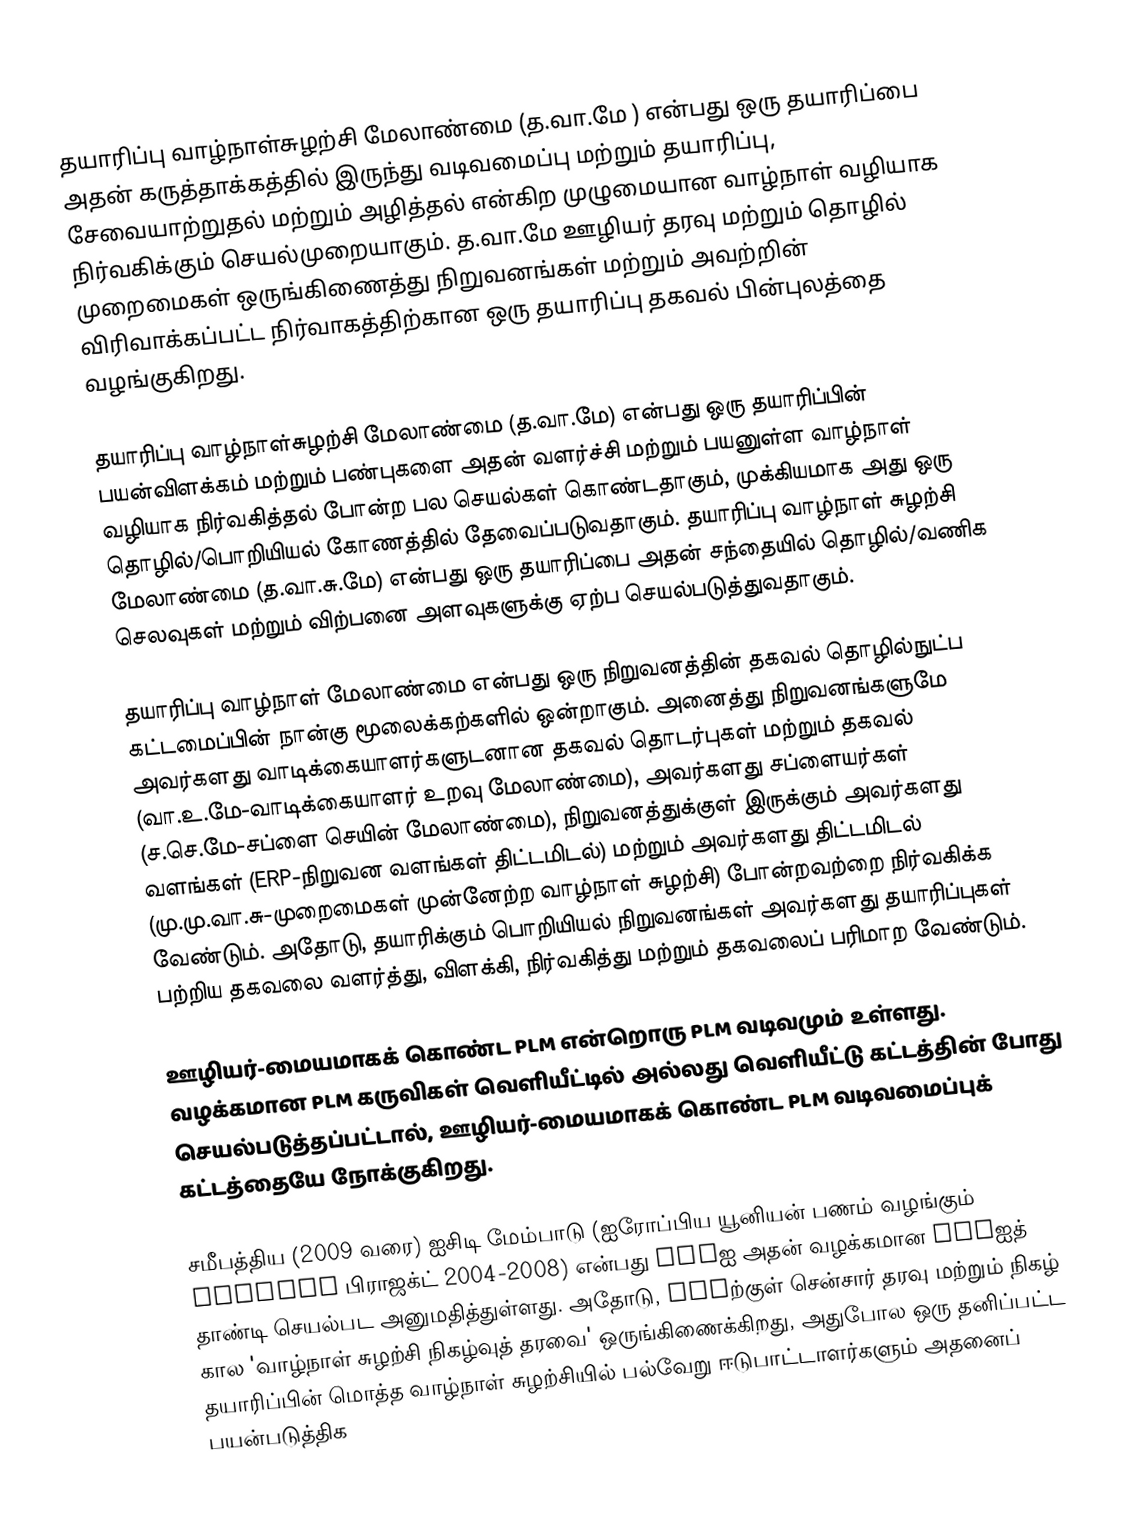
தயாரிப்பு வாழ்நாள்சுழற்சி மேலாண்மை (த.வா.மே ) என்பது ஒரு தயாரிப்பை அதன் கருத்தாக்கத்தில் இருந்து வடிவமைப்பு மற்றும் தயாரிப்பு, சேவையாற்றுதல் மற்றும் அழித்தல் என்கிற முழுமையான வாழ்நாள் வழியாக நிர்வகிக்கும் செயல்முறையாகும். த.வா.மே ஊழியர் தரவு மற்றும் தொழில் முறைமைகள் ஒருங்கிணைத்து நிறுவனங்கள் மற்றும் அவற்றின் விரிவாக்கப்பட்ட நிர்வாகத்திற்கான ஒரு தயாரிப்பு தகவல் பின்புலத்தை வழங்குகிறது.

தயாரிப்பு வாழ்நாள்சுழற்சி மேலாண்மை (த.வா.மே) என்பது ஒரு தயாரிப்பின் பயன்விளக்கம் மற்றும் பண்புகளை அதன் வளர்ச்சி மற்றும் பயனுள்ள வாழ்நாள் வழியாக நிர்வகித்தல் போன்ற பல செயல்கள் கொண்டதாகும், முக்கியமாக அது ஒரு தொழில்/பொறியியல் கோணத்தில் தேவைப்படுவதாகும். தயாரிப்பு வாழ்நாள் சுழற்சி மேலாண்மை (த.வா.சு.மே) என்பது ஒரு தயாரிப்பை அதன் சந்தையில் தொழில்/வணிக செலவுகள் மற்றும் விற்பனை அளவுகளுக்கு ஏற்ப செயல்படுத்துவதாகும்.

தயாரிப்பு வாழ்நாள் மேலாண்மை என்பது ஒரு நிறுவனத்தின் தகவல் தொழில்நுட்ப கட்டமைப்பின் நான்கு மூலைக்கற்களில் ஒன்றாகும். அனைத்து நிறுவனங்களுமே அவர்களது வாடிக்கையாளர்களுடனான தகவல் தொடர்புகள் மற்றும் தகவல் (வா.உ.மே-வாடிக்கையாளர் உறவு மேலாண்மை), அவர்களது சப்ளையர்கள் (ச.செ.மே-சப்ளை செயின் மேலாண்மை), நிறுவனத்துக்குள் இருக்கும் அவர்களது வளங்கள் (ERP-நிறுவன வளங்கள் திட்டமிடல்) மற்றும் அவர்களது திட்டமிடல் (மு.மு.வா.சு-முறைமைகள் முன்னேற்ற வாழ்நாள் சுழற்சி) போன்றவற்றை நிர்வகிக்க வேண்டும். அதோடு, தயாரிக்கும் பொறியியல் நிறுவனங்கள் அவர்களது தயாரிப்புகள் பற்றிய தகவலை வளர்த்து, விளக்கி, நிர்வகித்து மற்றும் தகவலைப் பரிமாற வேண்டும்.

ஊழியர்-மையமாகக் கொண்ட PLM என்றொரு PLM வடிவமும் உள்ளது. வழக்கமான PLM கருவிகள் வெளியீட்டில் அல்லது வெளியீட்டு கட்டத்தின் போது செயல்படுத்தப்பட்டால், ஊழியர்-மையமாகக் கொண்ட PLM வடிவமைப்புக் கட்டத்தையே நோக்குகிறது.

சமீபத்திய (2009 வரை) ஐசிடி மேம்பாடு (ஐரோப்பிய யூனியன் பணம் வழங்கும் PROMISE பிராஜக்ட் 2004-2008) என்பது PLMஐ அதன் வழக்கமான PLMஐத் தாண்டி செயல்பட அனுமதித்துள்ளது. அதோடு, PLMற்குள் சென்சார் தரவு மற்றும் நிகழ் கால 'வாழ்நாள் சுழற்சி நிகழ்வுத் தரவை' ஒருங்கிணைக்கிறது, அதுபோல ஒரு தனிப்பட்ட தயாரிப்பின் மொத்த வாழ்நாள் சுழற்சியில் பல்வேறு ஈடுபாட்டாளர்களும் அதனைப் பயன்படுத்திக